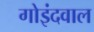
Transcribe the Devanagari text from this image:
गोइंदवाल